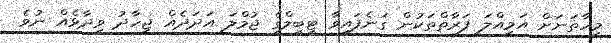
މިހާތަނަށް އަމިއްލަ ފަރާތްތަކުން ގަނެފައިވާ ޓީބީލްގެ ޖުމްލަ އަދަދެއް ޖިހާދު ވިދާޅެއް ނުވެ